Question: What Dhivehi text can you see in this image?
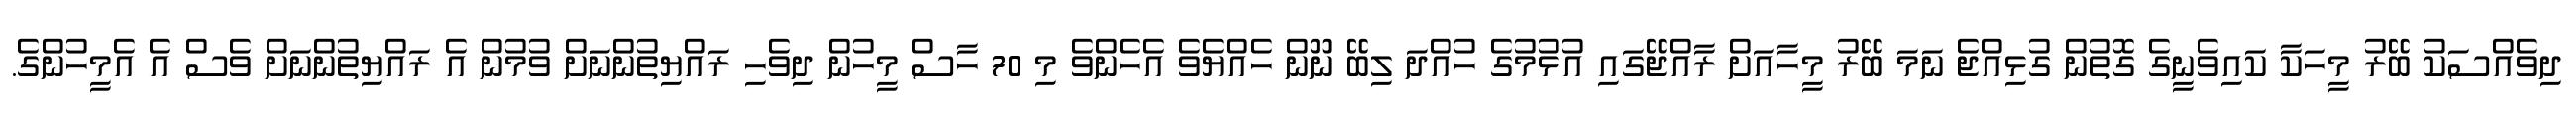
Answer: ދިވެއްސަކު ބޭރު މީހަކާ ކައިވެނީގެ ގޮތުން ގުޅިއްޖެ ނަމަ ބޭރު މީހާއަށް ރާއްޖޭގައި އުޅުމުގެ ހުއްދަ ލިބޭ ނޫން ހެއްޔެވެ އެހެންވެ މި 70 ހާސް މީހުން ދިވެހި ރައްޔިތުންނަށް ވުމުން އެ ރައްޔިތުންނަށް ވެސް އެ އެމީހުންގެ.